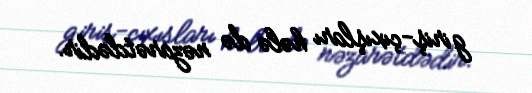
giriş-çıxışları hələ də nəzarətdədir.